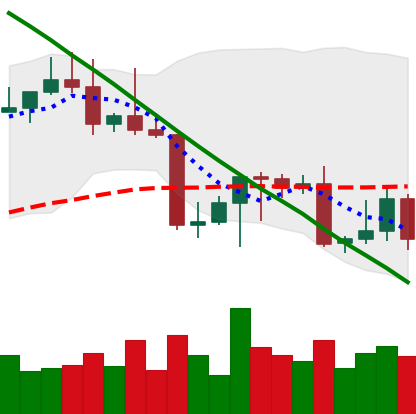
Ticker: LTC-USD
Chart end date: 2022-08-30
Forward return: 14.784%
Label: up_7plus